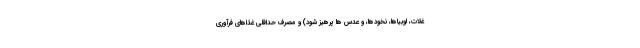
غلات، لوبیاها، نخودها، و عدس ها پرهیز شود) و مصرف حداقلی غذاهای فرآوری